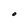
Character: O